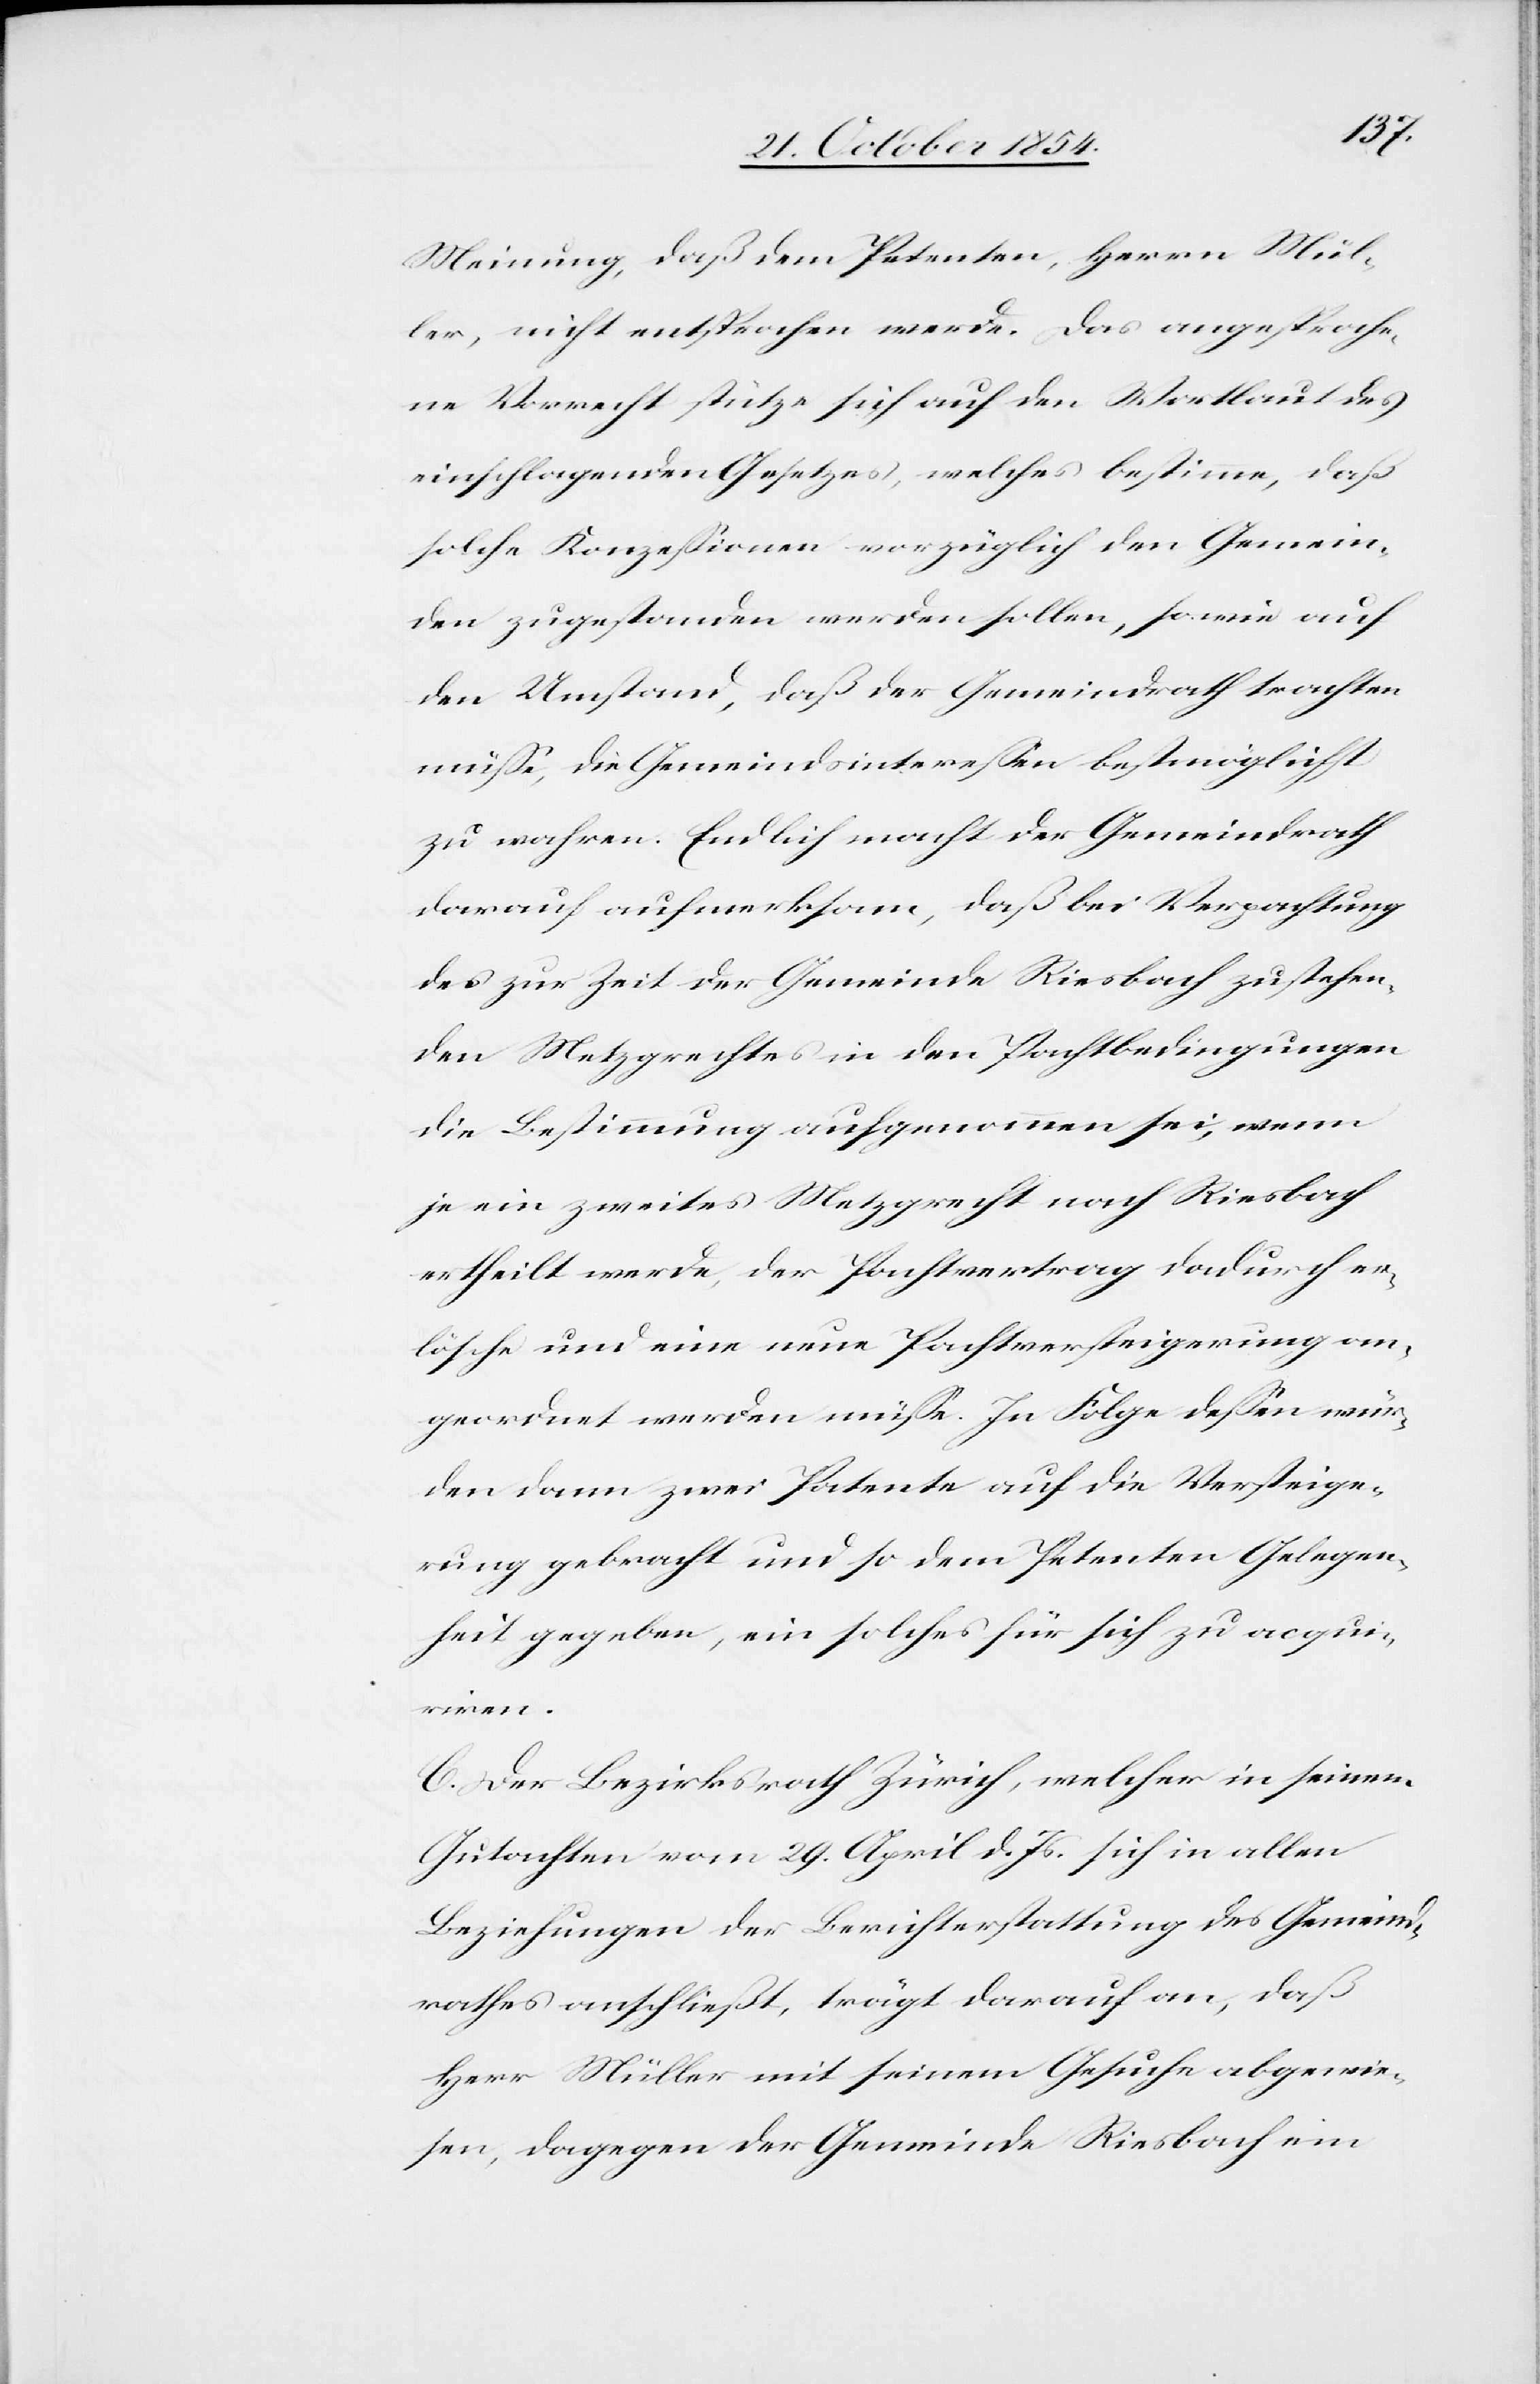
Meinung, daß dem Petenten, Herrn Mül¬
ler, nicht entsprochen werde. Das angesproche¬
ne Vorrecht, stützt sich auf den Wortlaut des
einschlagenden Gesetzes, welches bestimme, daß
solche Konzeßionen vorzüglich den Gemein¬
den zugestanden werden sollen, sowie auf
den Umstand, daß der Gemeindrath trachten
müße, die Gemeindsintereßen bestmöglichst
zu wahren. Endlich macht der Gemeindrath
darauf aufmerksam, daß bei Verpachtung
des zur Zeit der Gemeinde Riesbach zustehen¬
den Metzgrechtes in den Pachtbedingungen
die Bestimmung aufgenommen sei, wenn
je ein zweites Metzgrecht nach Riesbach
ertheilt werde, der Pachtvertrag dadurch er¬
lösche und eine neue Pachtversteigerung an¬
geordnet werden müße. In Folge deßen wür¬
den dann zwei Patente auf die Versteige¬
rung gebracht und so dem Petenten Gelegen¬
heit gegeben, ein solches für sich zu acqui¬
riren.
C. Der Bezirksrath Zürich, welcher in seinem
Gutachten vom 29. April d. Js. sich in allen
Beziehungen der Berichterstattung des Gemeind¬
rathes anschließt, trägt darauf an, daß
Herr Müller mit seinem Gesuche abgewie¬
sen, dagegen der Gemeinde Riesbach ein